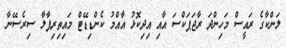
ލަންކާގެ ރައީސް މަހިންދަ ރާޖަޕަކްސަ އާއި އިދިކޮޅު އާއްމު ކެންޑިޑޭޓް މައިތިރިޕާލާ ސިރެސޭނާ